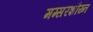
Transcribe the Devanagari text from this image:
मग्सरशौय्न